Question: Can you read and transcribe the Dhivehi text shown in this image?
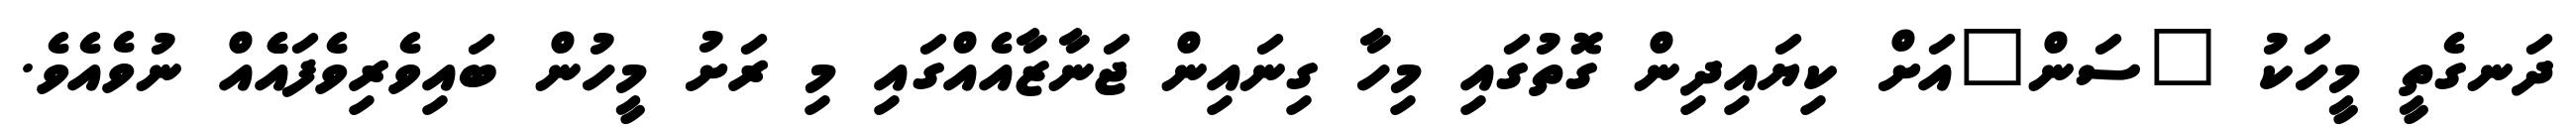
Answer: ދަނގެތީ މީހަކު "ސަން"އަށް ކިޔައިދިން ގޮތުގައި މިހާ ގިނައިން ޖަނާޒާއެއްގައި މި ރަށު މީހުން ބައިވެރިވެފައެެއް ނުވެއެވެ.